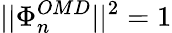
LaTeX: ||\Phi_{n}^{OMD}||^{2}=1